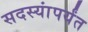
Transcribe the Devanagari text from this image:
सदस्यांपर्यंत